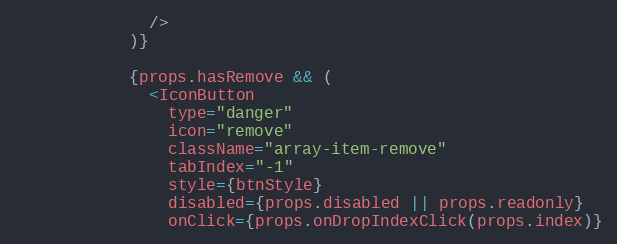
Language: JavaScript
              />
            )}

            {props.hasRemove && (
              <IconButton
                type="danger"
                icon="remove"
                className="array-item-remove"
                tabIndex="-1"
                style={btnStyle}
                disabled={props.disabled || props.readonly}
                onClick={props.onDropIndexClick(props.index)}